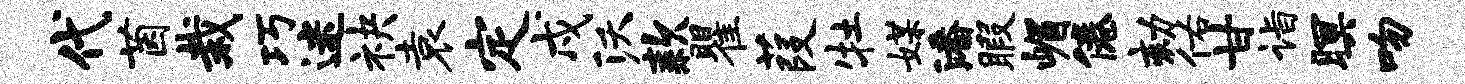
代茵栽巧迷袂袁定戍沃款瞿葭牡媒潘暇嵋倦劾佑甘诣暝吻